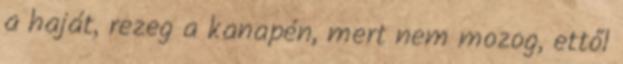
a haját, rezeg a kanapén, mert nem mozog, ettől